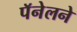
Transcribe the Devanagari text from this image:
पॅनेलने